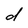
Character: d